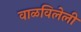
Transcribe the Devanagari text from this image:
वाळविलेली